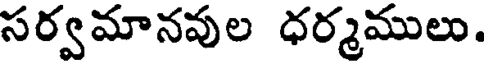
సర్వమానవుల ధర్మములు.